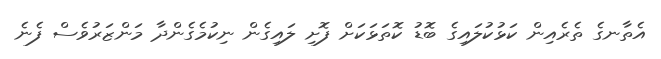
އެތާނގެ ތެރެއިން ކަޅުކުލައިގެ ބޮޑު ކޮތަޅަކަށް ފޮށި ލައިގެން ނިކުމެގެންދާ މަންޒަރުވެސް ފެނެ